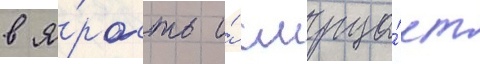
в я́рость и́ смуща́ет